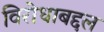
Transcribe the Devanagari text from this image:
विरोधाबद्दल